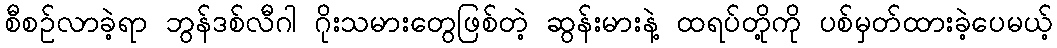
စီစဥ်လာခဲ့ရာ ဘွန်ဒစ်လီဂါ ဂိုးသမားတွေဖြစ်တဲ့ ဆွန်းမားနဲ့ ထရပ်တို့ကို ပစ်မှတ်ထားခဲ့ပေမယ့်